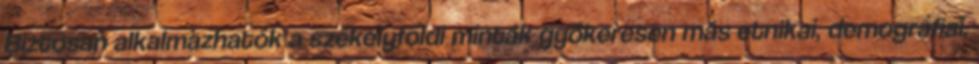
Biztosan alkalmazhatók a székelyföldi minták gyökeresen más etnikai, demográfiai,